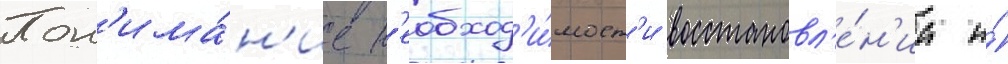
Пон'има́н'ие н'еобход'и́мост'и восстановл'е́н'иа и́